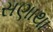
સણાથા